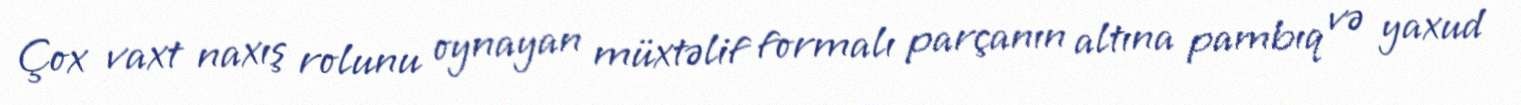
Çox vaxt naxış rolunu oynayan müxtəlif formalı parçanın altına pambıq və yaxud